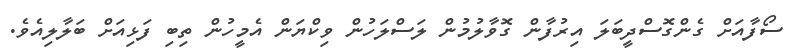
ސޯފާއަށް ގެންގޮސްދީބަލަ އިރުފާން ގޮވާލުމުން ލަސްލަހުން ވިކްޔަން އެމީހުން ތިބި ފަޅިއަށް ބަލާލިއެވެ.